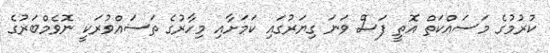
ކުރުމުގެ މަސައްކަތް އޮތީ ފަސް ވަނަ ގިޔަރުގައި ކަމަށާއި މިހާރުގެ ތަސައްވުރަކީ ނޮވެމްބަރުގެ